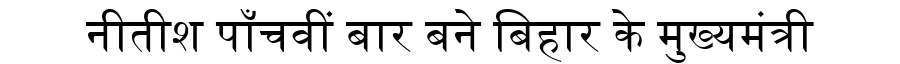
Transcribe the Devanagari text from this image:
नीतीश पाँचवीं बार बने बिहार के मुख्यमंत्री